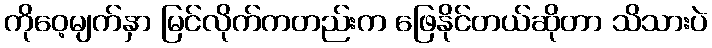
ကိုဝေ့မျက်နှာ မြင်လိုက်ကတည်းက ဖြေနိုင်တယ်ဆိုတာ သိသားပဲ